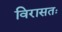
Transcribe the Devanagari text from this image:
विरासतः